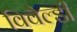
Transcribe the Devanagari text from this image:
विवैल्डी